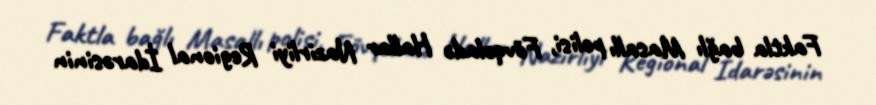
Faktla bağlı Masallı polisi, Fövqəladə Hallar Nazirliyi Regional İdarəsinin